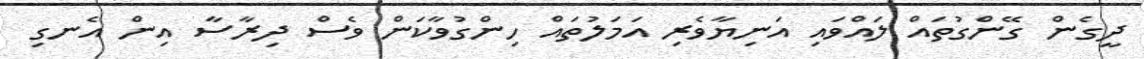
ދީގެން ގޭންގުތައް ލައްވައި އަނިޔާވެރި އަމަލުތައް ހިންގުވާކަން ވެސް ދިރާސާ އިން އެނގި